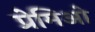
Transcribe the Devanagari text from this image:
प्रेमिओ